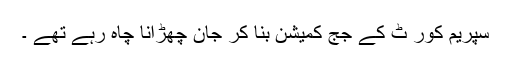
سپریم کور ٹ کے جج کمیشن بنا کر جان چھڑانا چاہ رہے تھے ۔